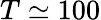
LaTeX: T\simeq 100